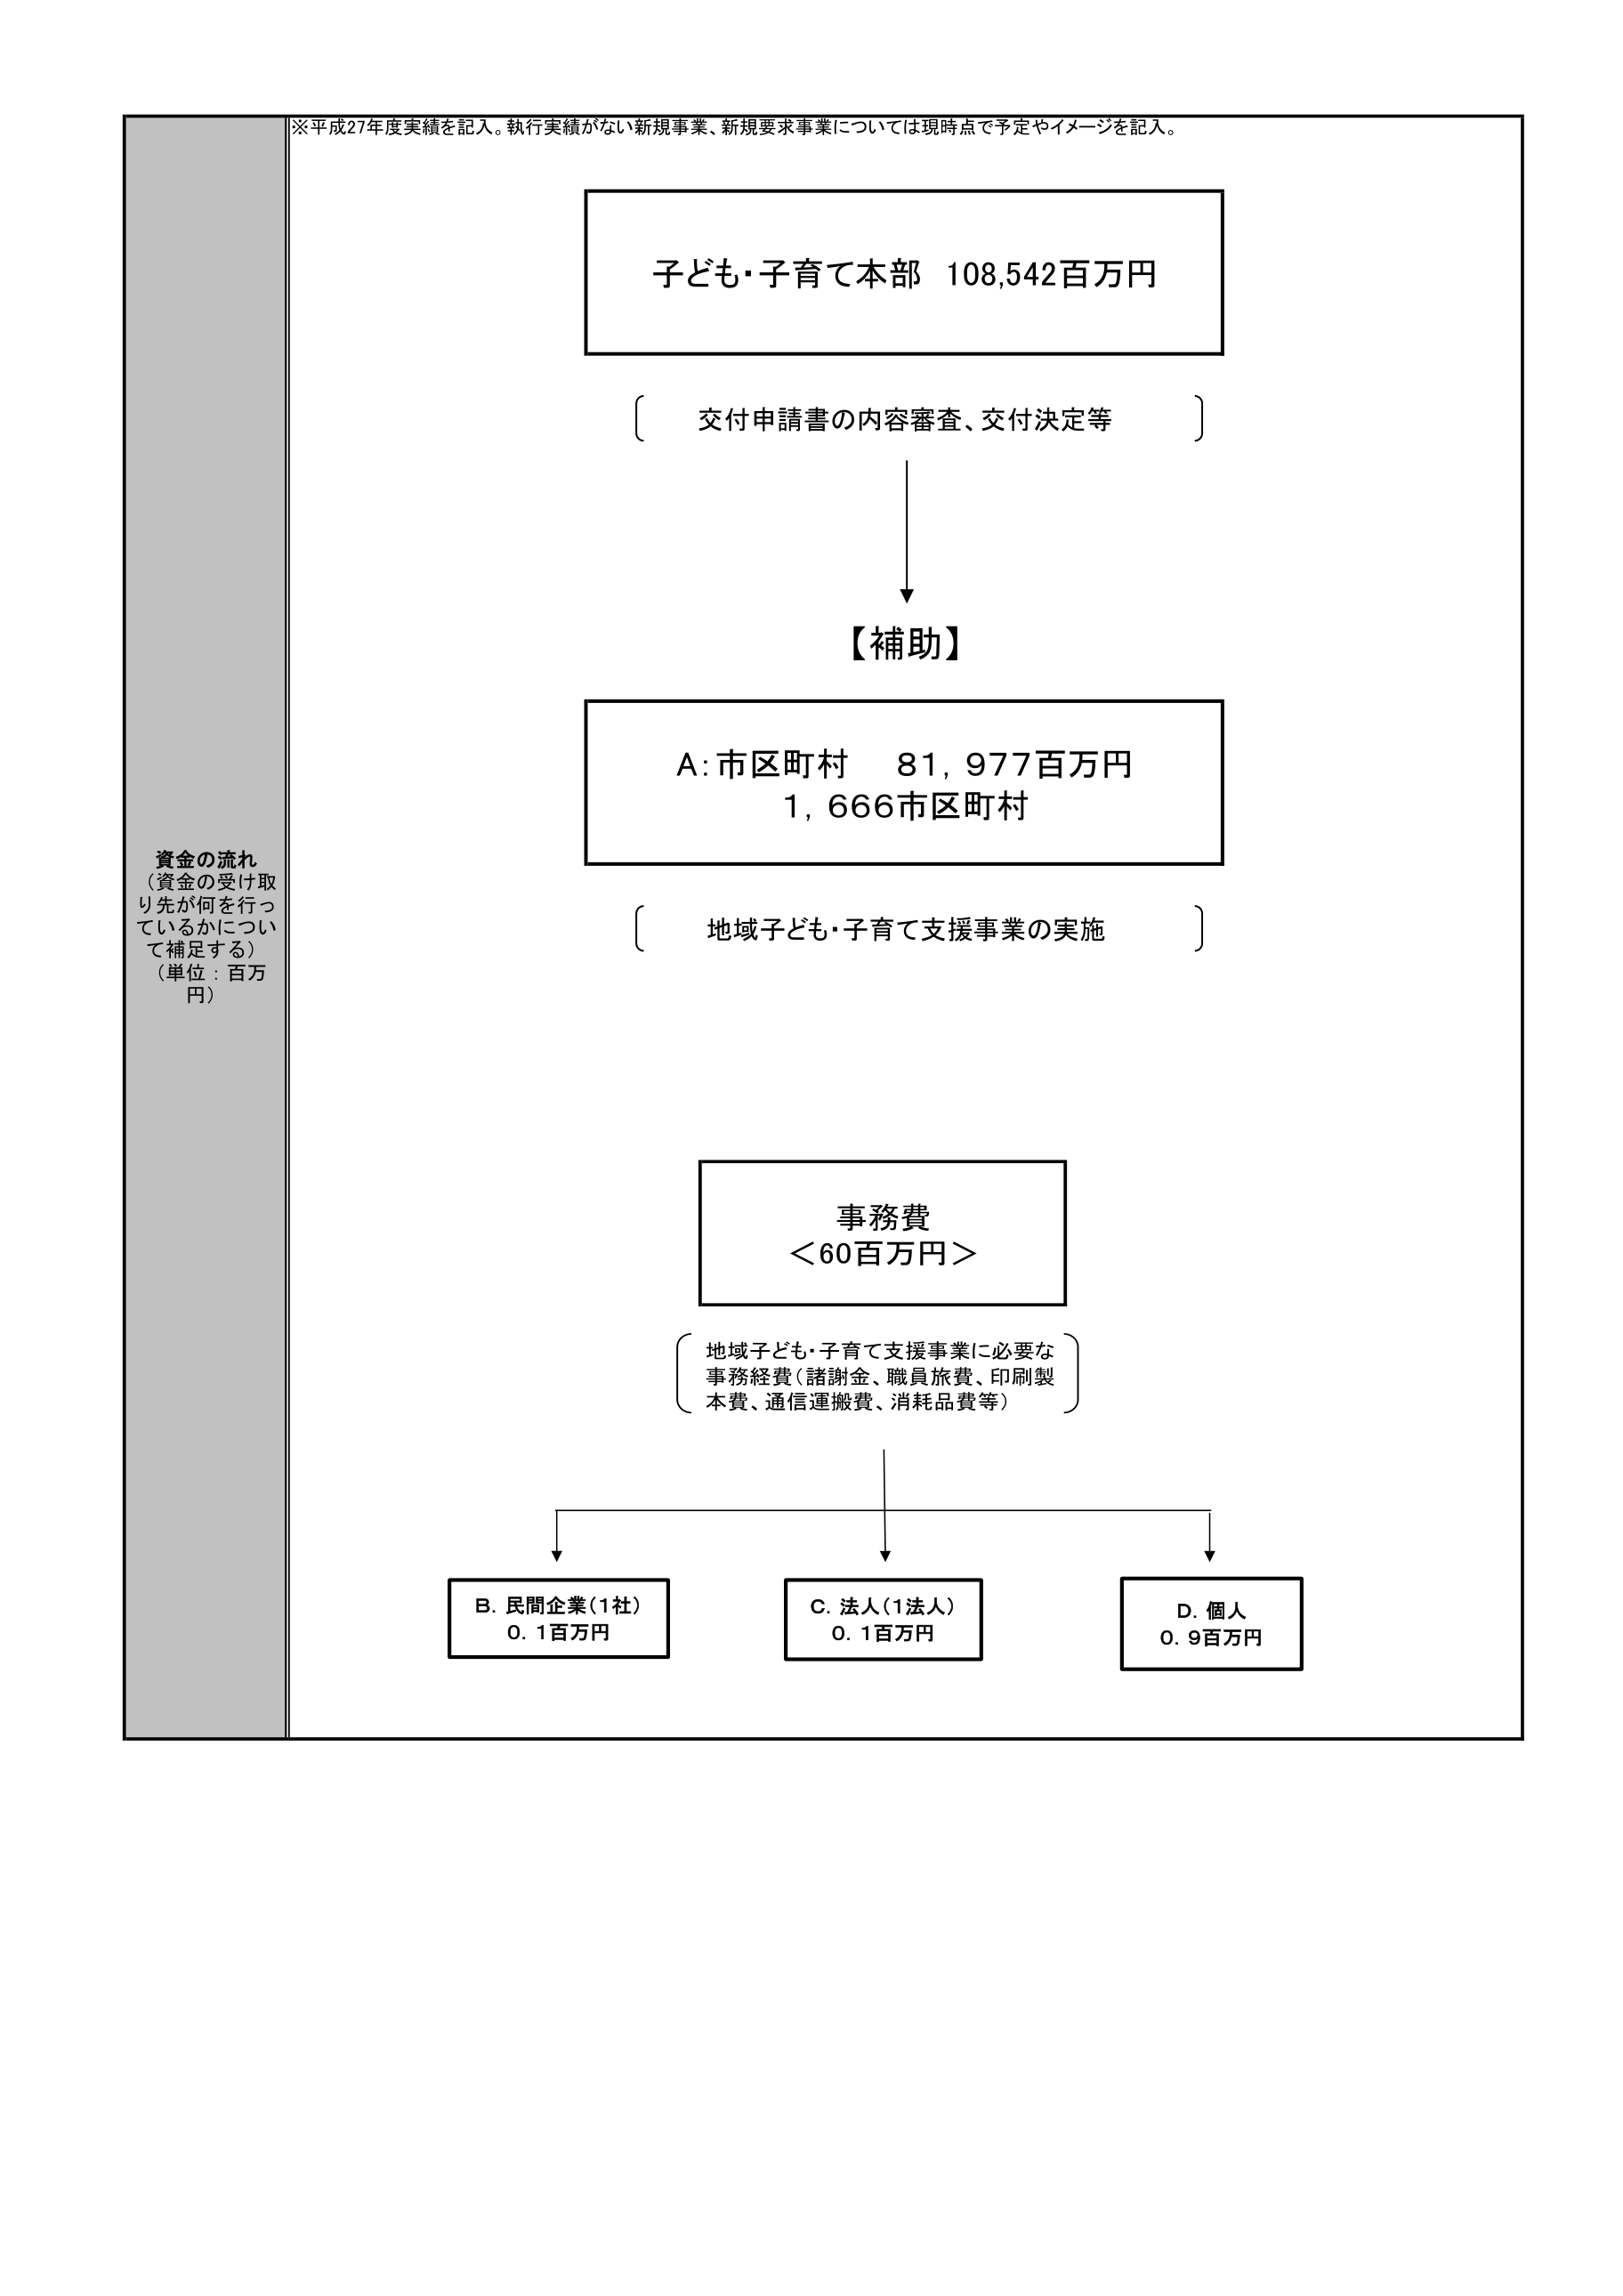
※平成27年度実績を記入。執行実績がない新規事業、新規要求事業については現時点で予定やイメージを記入。

子ども・子育て本部 108,542百万円

〔 交付申請書の内容審査、交付決定等 〕

【補助】

A: 市区町村 81,977百万円
1,666市区町村

〔 地域子ども・子育て支援事業の実施 〕

事務費
＜60百万円＞

（地域子ども・子育て支援事業に必要な
事務経費（諸謝金、職員旅費、印刷製本費、通信運搬費、消耗品費等））

B. 民間企業（1社）
0.1百万円

C. 法人（1法人）
0.1百万円

D. 個人
0.9百万円

資金の流れ
（資金の受け取り先が何を行っているかについて補足する）
（単位：百万円）